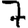
Digit: 7